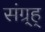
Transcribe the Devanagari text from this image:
संग्र्ह्